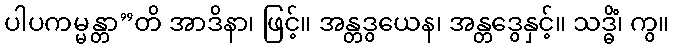
ပါပကမ္မန္တာ”တိ အာဒိနာ၊ ဖြင့်။ အန္တဒွယေန၊ အန္တဒွေနှင့်။ သဒ္ဓိံ၊ ကွ။